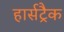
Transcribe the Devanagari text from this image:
हार्सट्रैक